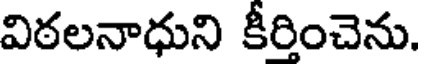
విఠలనాధుని కీరించెను.